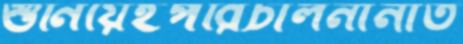
শুনিয়েইপরিচালনানীত